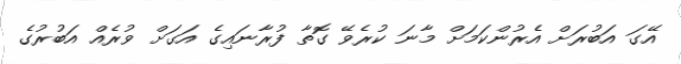
އޭގަ އަބުރަށް އެރުންކަމަށް މާނަ ކުރެވޭ ގޮތާ ފުރާނައިގެ އަގަށް ވުރެއް އަބުރުގެ